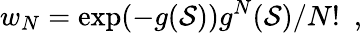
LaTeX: w_{N}=\exp(-g(\mathcal{S}))g^{N}(\mathcal{S})/{N!}\ \ ,